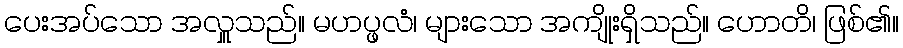
ပေးအပ်သော အလှူသည်။ မဟပ္ဖလံ၊ များသော အကျိုးရှိသည်။ ဟောတိ၊ ဖြစ်၏။